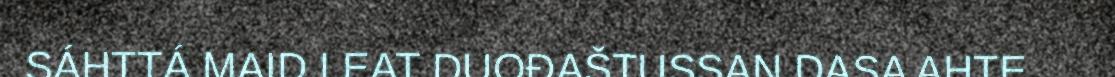
SÁHTTÁ MAID LEAT DUOĐAŠTUSSAN DASA AHTE